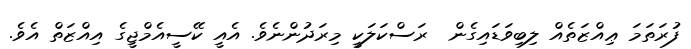
ފުރަތަމަ ޢިއްޒަތެއް ލިބިވަޑައިގެން  ރަސްކަލަކީ މިރަދުންނެވެ. އެއީ ކޭސީއެމްޖީގެ އިއްޒަތް އެވެ.